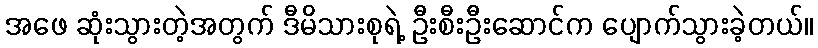
အဖေ ဆုံးသွားတဲ့အတွက် ဒီမိသားစုရဲ့ ဦးစီးဦးဆောင်က ပျောက်သွားခဲ့တယ်။